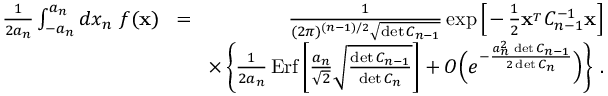
\begin{array} { r l r } { { \frac { 1 } { 2 a _ { n } } } \int _ { - a _ { n } } ^ { a _ { n } } d x _ { n } \ f ( { \bf x } ) } & { \! = \! } & { { \frac { 1 } { ( 2 \pi ) ^ { ( n - 1 ) / 2 } \sqrt { \operatorname* { d e t } C _ { n - 1 } } } } \exp \Big [ \! - { \frac { 1 } { 2 } } { \bf x } ^ { _ T } C _ { n - 1 } ^ { - 1 } { \bf x } \Big ] } \\ & { } & { \times \left\{ { \frac { 1 } { 2 a _ { n } } } \, \mathrm { E r f } \left[ { \frac { a _ { n } } { \sqrt 2 } } \sqrt { \frac { \operatorname* { d e t } C _ { n - 1 } } { \operatorname* { d e t } C _ { n } } } \right] + { \cal O } \Big ( e ^ { - { \frac { a _ { n } ^ { 2 } \, \operatorname* { d e t } C _ { n - 1 } } { 2 \operatorname* { d e t } C _ { n } } } } \Big ) \right\} \, . } \end{array}